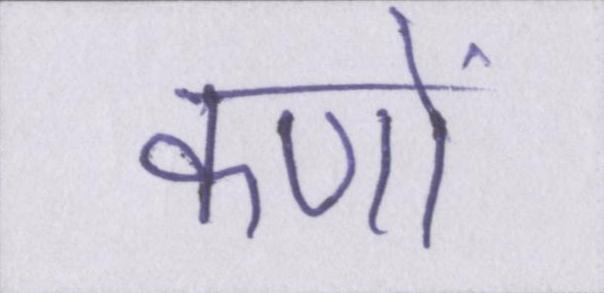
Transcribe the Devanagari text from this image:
कणों